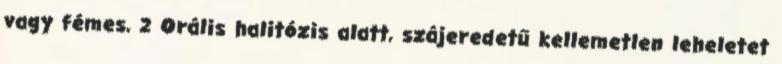
vagy fémes, 2 Orális halitózis alatt, szájeredetű kellemetlen leheletet